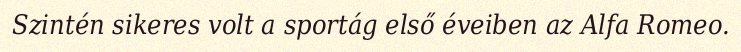
Szintén sikeres volt a sportág első éveiben az Alfa Romeo.